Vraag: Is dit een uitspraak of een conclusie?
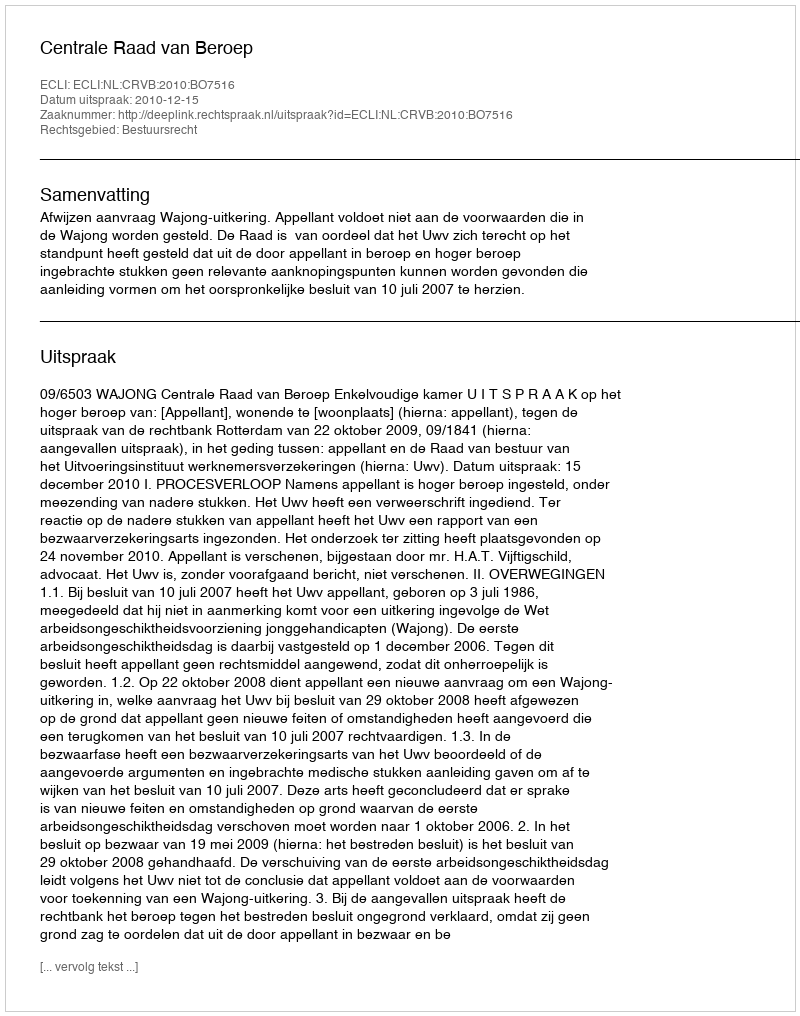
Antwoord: Uitspraak